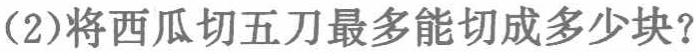
(2)将西瓜切五刀最多能切成多少块？